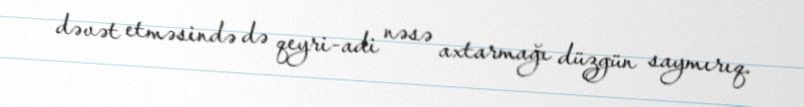
dəvət etməsində də qeyri-adi nəsə axtarmağı düzgün saymırıq.